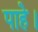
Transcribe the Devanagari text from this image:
पाहे।